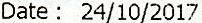
DATE : 24/10/2017